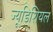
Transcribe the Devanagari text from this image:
ज्यूडिशियल